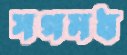
সগমধ